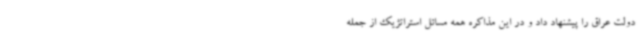
دولت عراق را پیشنهاد داد و در این مذاکره همه مسائل استراتژیک از جمله